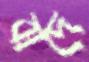
বাদে